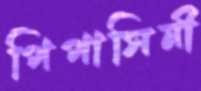
পিপাসিনী